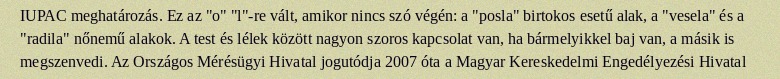
IUPAC meghatározás. Ez az "o" "l"-re vált, amikor nincs szó végén: a "posla" birtokos esetű alak, a "vesela" és a "radila" nőnemű alakok. A test és lélek között nagyon szoros kapcsolat van, ha bármelyikkel baj van, a másik is megszenvedi. Az Országos Mérésügyi Hivatal jogutódja 2007 óta a Magyar Kereskedelmi Engedélyezési Hivatal